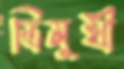
ত্রিমুখী